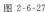
图2-6-27